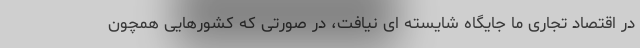
در اقتصاد تجاری ما جایگاه شایسته ای نیافت، در صورتی که کشورهایی همچون